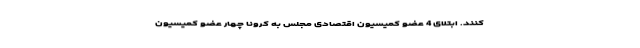
کنند. ابتلای 4 عضو کمیسیون اقتصادی مجلس به کرونا چهار عضو کمیسیون